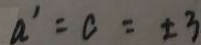
a ^ { \prime } = c = \pm 3